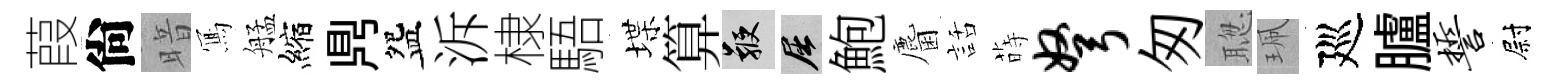
葭尙暗𭂁艋縮𪔂盌泝棣䮏堞算鞭屈鮑麕話蒔弩匆聦珮廵臚誓尉